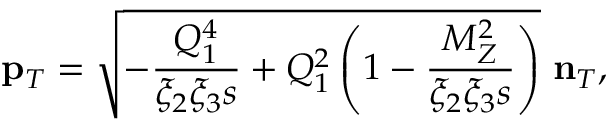
\mathbf { p } _ { T } = \sqrt { - \frac { Q _ { 1 } ^ { 4 } } { \xi _ { 2 } \xi _ { 3 } s } + Q _ { 1 } ^ { 2 } \left( 1 - \frac { M _ { Z } ^ { 2 } } { \xi _ { 2 } \xi _ { 3 } s } \right) } ~ \mathbf { n } _ { T } ,